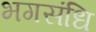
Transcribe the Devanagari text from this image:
भगसंधि